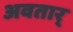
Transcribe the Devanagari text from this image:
अवतार्